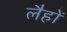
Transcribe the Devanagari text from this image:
लैहों